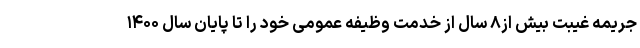
جریمه غیبت بیش از۸ سال از خدمت وظیفه عمومی خود را تا پایان سال ۱۴۰۰